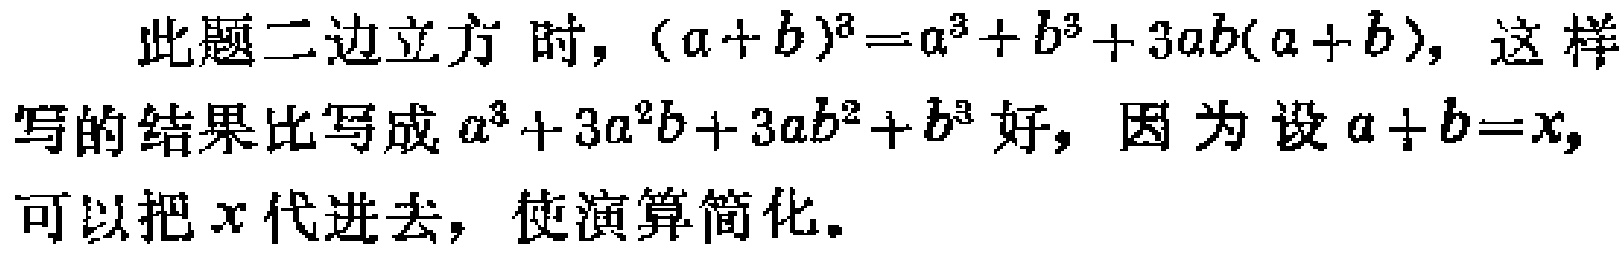
此题二边立方时，\((a + b)^3=a^3 + b^3 + 3ab(a + b)\)，这样写的结果比写成\(a^3 + 3a^2b + 3ab^2 + b^3\)好，因为设\(a + b=x\)，可以把\(x\)代进去，使演算简化。